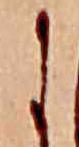
に